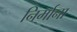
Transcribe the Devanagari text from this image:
निर्माना